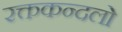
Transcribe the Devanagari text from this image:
रक्तकन्दलो